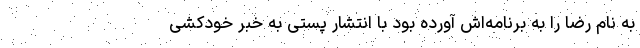
به نام رضا را به برنامه‌اش آورده بود با انتشار پستی به خبر خودکشی